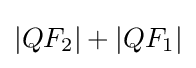
\left|QF_{2}\right|+\left|QF_{1}\right|